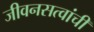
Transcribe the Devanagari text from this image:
जीवनसत्वांची